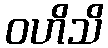
ဝဟိသိ